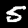
Digit: 5